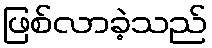
ဖြစ်လာခဲ့သည်